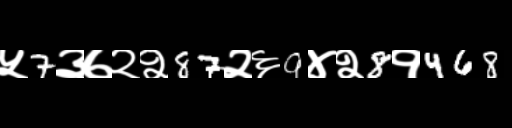
Text: ५7३७२२87२६9४२8१468